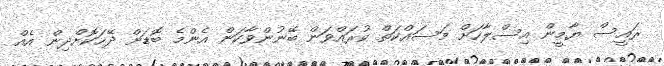
ރައީސް ޔާމީން އިސްލާހަށް މަސައްކަތް ކުރައްވަން ބޭނުންވާކަން އެންމެ ބޮޑަށް ދޭހަކޮށްދިން އެއް